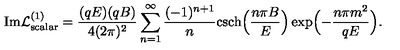
\mathrm { I m } { \cal L } _ { \mathrm { s c a l a r } } ^ { ( 1 ) } = \frac { ( q E ) ( q B ) } { 4 ( 2 \pi ) ^ { 2 } } \sum _ { n = 1 } ^ { \infty } \frac { ( - 1 ) ^ { n + 1 } } { n } \mathrm { c s c h } \Bigl ( \frac { n \pi B } { E } \Bigr ) \exp \Bigl ( - \frac { n \pi m ^ { 2 } } { q E } \Bigr ) .